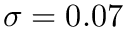
\sigma = 0 . 0 7